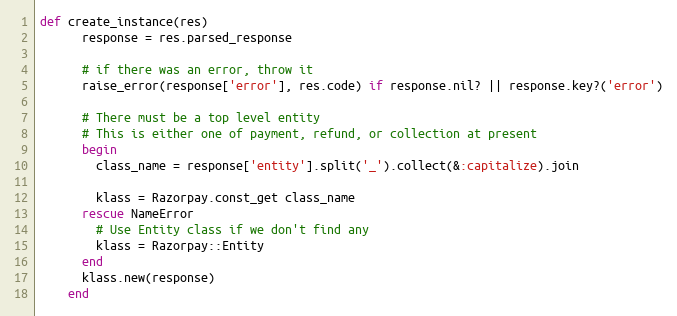
Language: Ruby
def create_instance(res)
      response = res.parsed_response

      # if there was an error, throw it
      raise_error(response['error'], res.code) if response.nil? || response.key?('error')

      # There must be a top level entity
      # This is either one of payment, refund, or collection at present
      begin
        class_name = response['entity'].split('_').collect(&:capitalize).join

        klass = Razorpay.const_get class_name
      rescue NameError
        # Use Entity class if we don't find any
        klass = Razorpay::Entity
      end
      klass.new(response)
    end